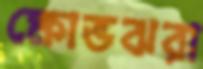
ক্ষোভঝরা